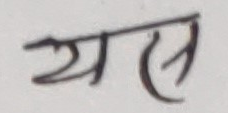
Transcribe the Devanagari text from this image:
यास